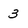
Character: 3